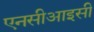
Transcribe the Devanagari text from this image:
एनसीआइसी